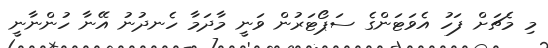
މި މެޗަށް ފަހު އެވަޓަންގެ ސަޕޯޓަރުން ވަނީ މާދަމާ ހެނދުނު އޭނާ ހުންނާނީ